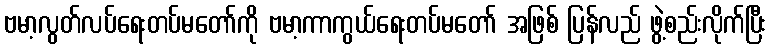
ဗမာ့လွတ်လပ်ရေးတပ်မတော်ကို ဗမာ့ကာကွယ်ရေးတပ်မတော် အဖြစ် ပြန်လည် ဖွဲ့စည်းလိုက်ပြီး